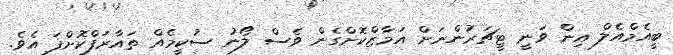
ބީއެމްއެލް އިން ވަނީ ޓީޗަރުންނަށް އަމާޒްކޮށްގެން ވެސް ލޯނު ސުކީމެއް ތައާރަފްކޮށްފަ އެވެ.